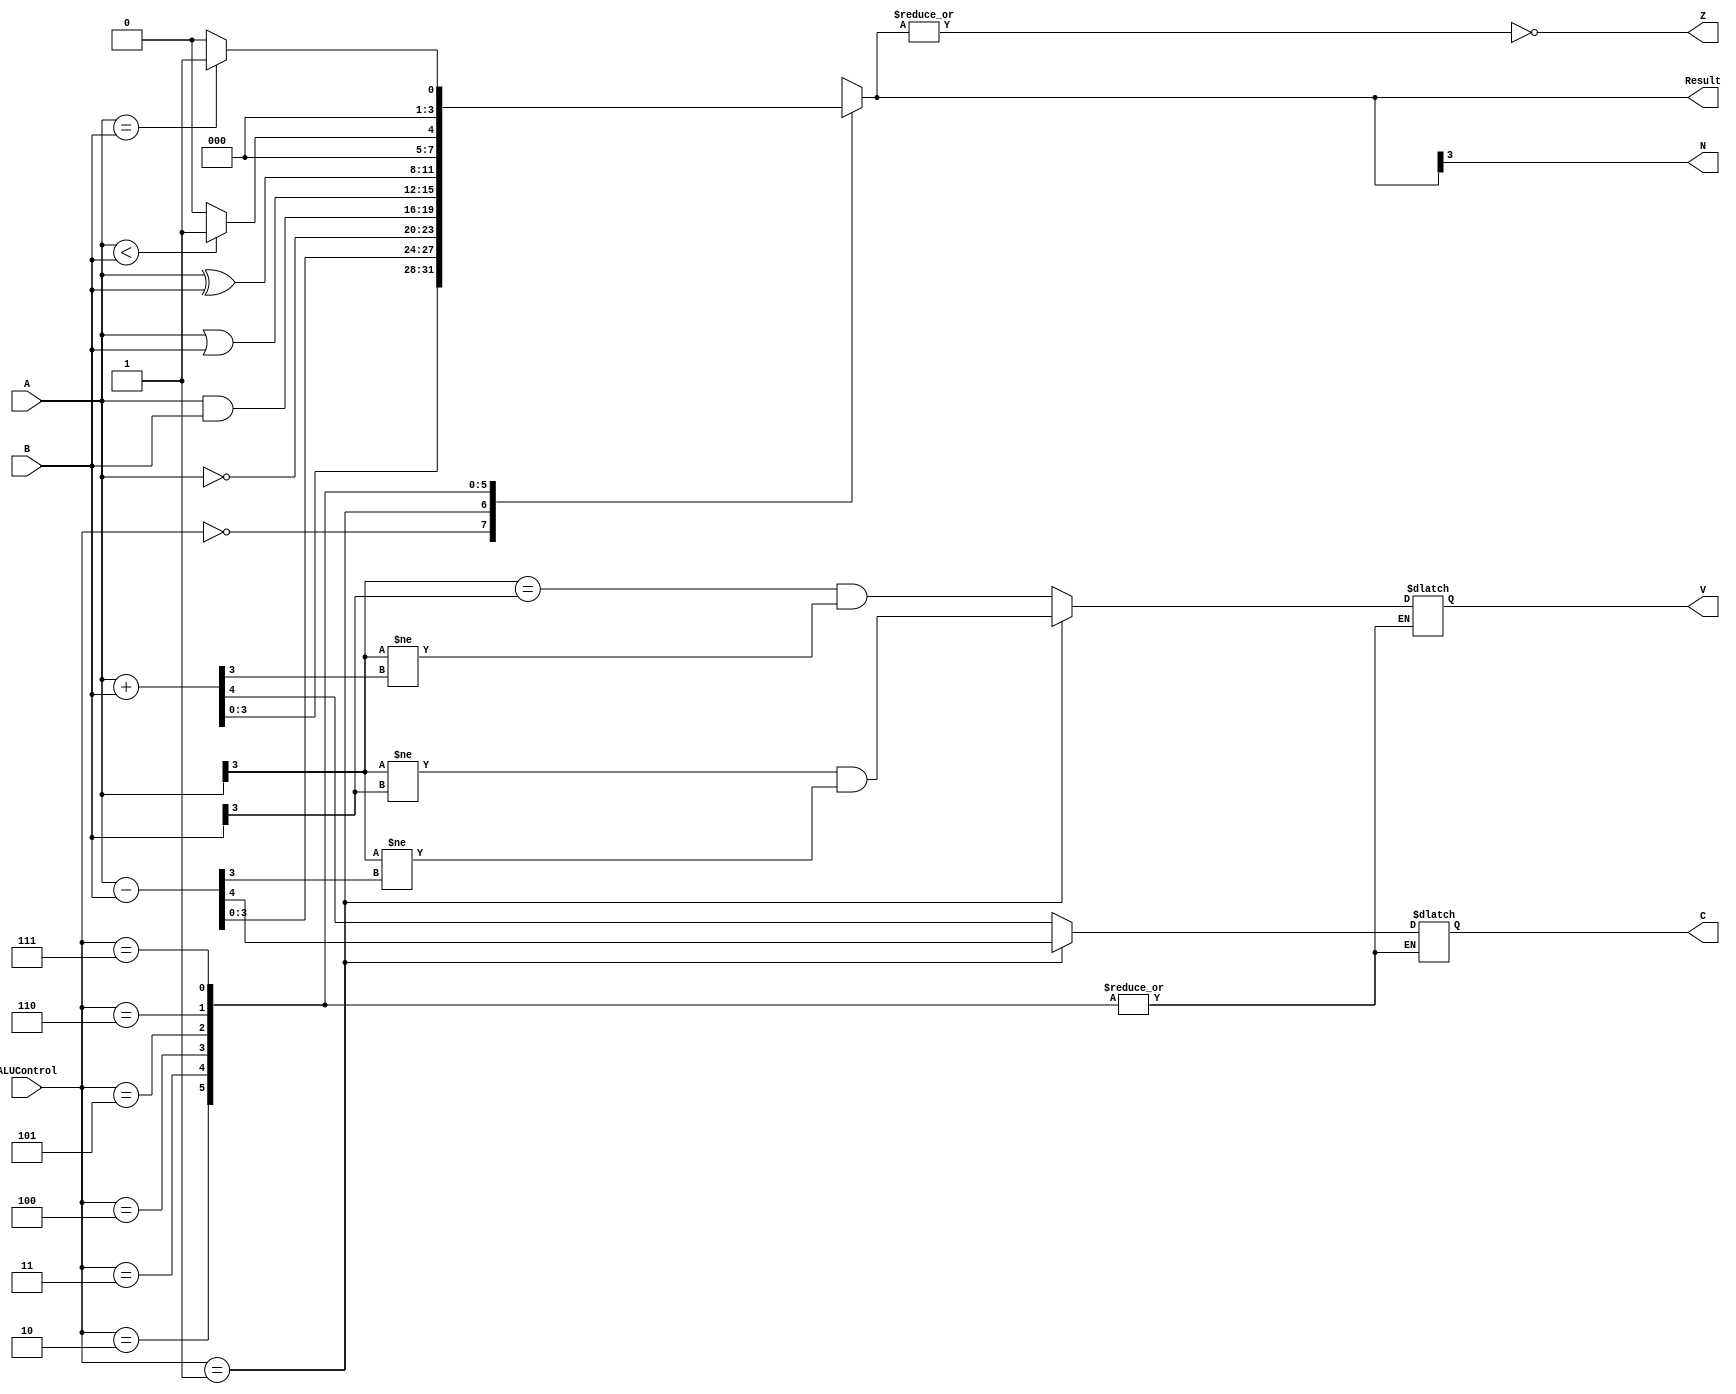
module signed_alu4 (
    input [3:0] A,
    input [3:0] B,
    input [2:0] ALUControl,
    output reg [3:0] Result,
    output reg N,
    output reg Z,
    output reg C,
    output reg V
);

    assign N = Result[3];
    assign Z = ~(| Result);

    always @(*) begin
        case (ALUControl)
            3'b000: begin
                {C, Result} = A + B;
                V = (A[3] == B[3]) && (A[3] != Result[3]);
            end
            3'b001: begin
                {C, Result} = A - B;
                V = (A[3] != B[3]) && (A[3] != Result[3]);
            end
            3'b010: Result = ~A;
            3'b011: Result = A & B;
            3'b100: Result = A | B;
            3'b101: Result = A ^ B;
            3'b110: Result = (A<B) ? 1 : 0;
            3'b111: Result = (A==B) ? 1 : 0;
        endcase
    end

endmodule